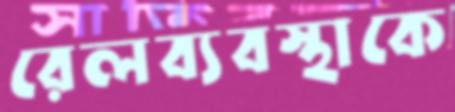
রেলব্যবস্থাকে